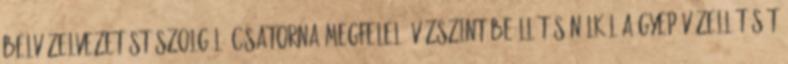
belvízelvezetést szolgáló csatorna megfelelő vízszint-beállítás nélkül a gyep vízellátását